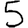
Digit: 5